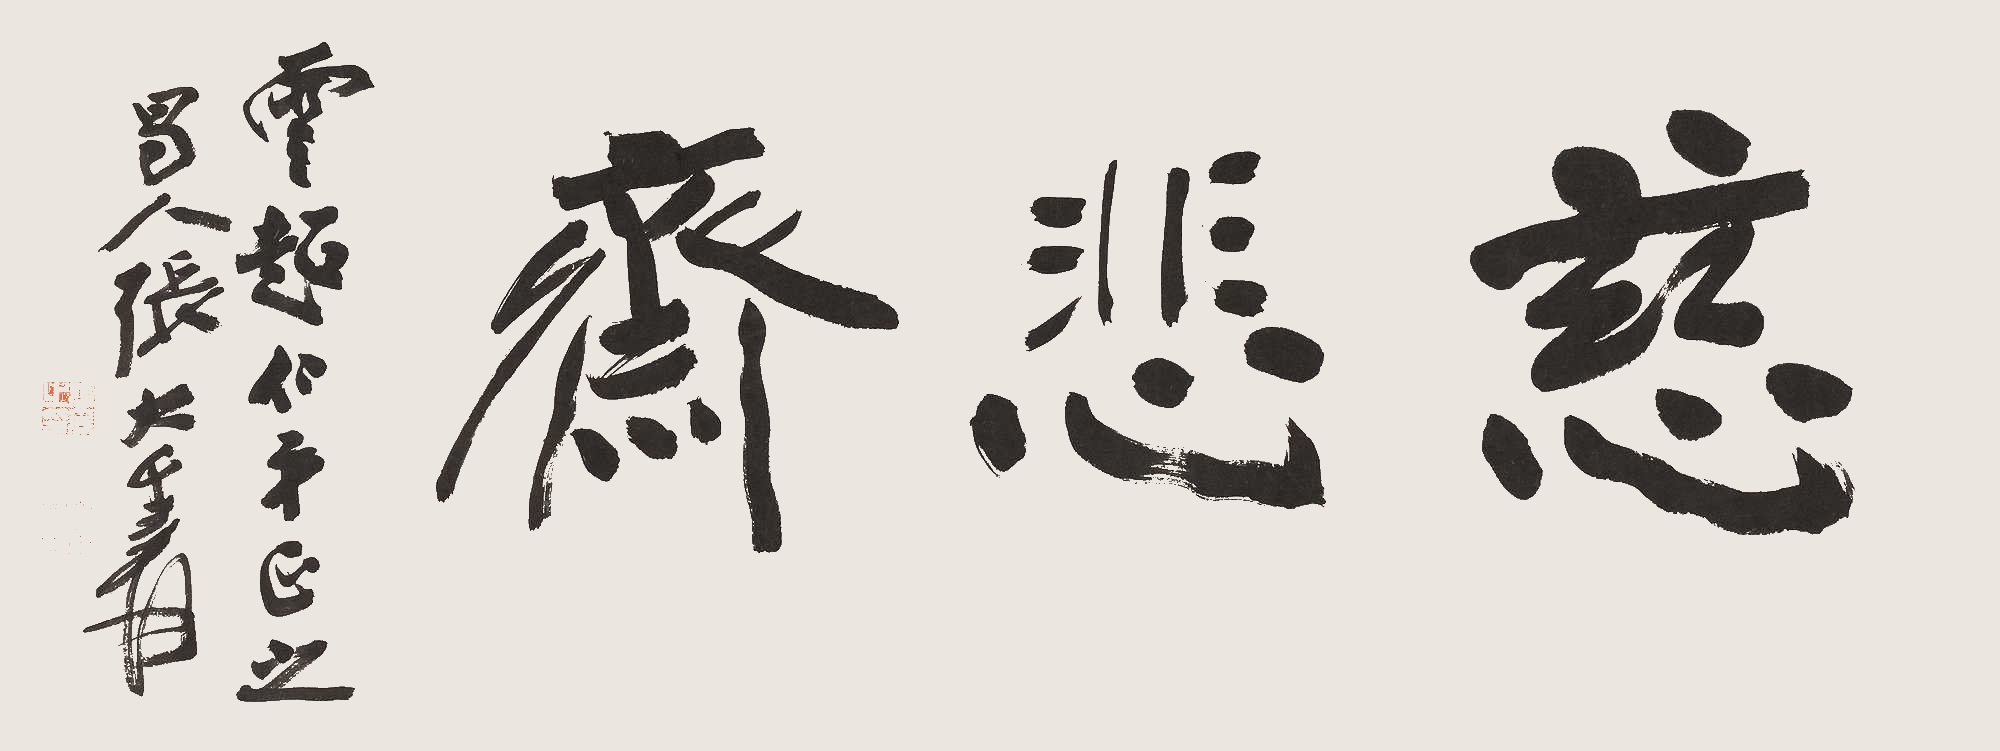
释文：慈悲斋云超仁弟正之。蜀人张大千爰。